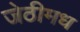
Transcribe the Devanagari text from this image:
जेठीमध